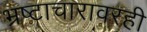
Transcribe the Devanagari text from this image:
भ्रष्टाचारावरही